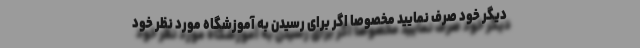
دیگر خود صرف نمایید مخصوصا اگر برای رسیدن به آموزشگاه مورد نظر خود